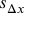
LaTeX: s _ { \Delta x }